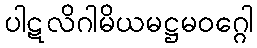
ပါဋလိဂါမိယမဋ္ဌမဝဂ္ဂေါ